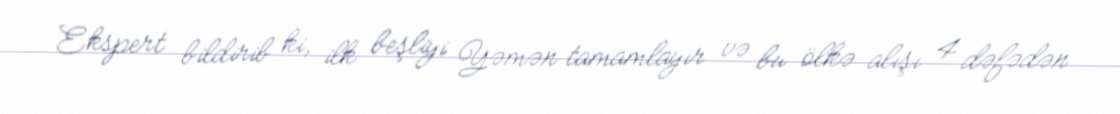
Ekspert bildirib ki, ilk beşliyi Yəmən tamamlayır və bu ölkə alışı 4 dəfədən